Report on vaccination in the Province of Bengal - 1869-1873
Year: 1869
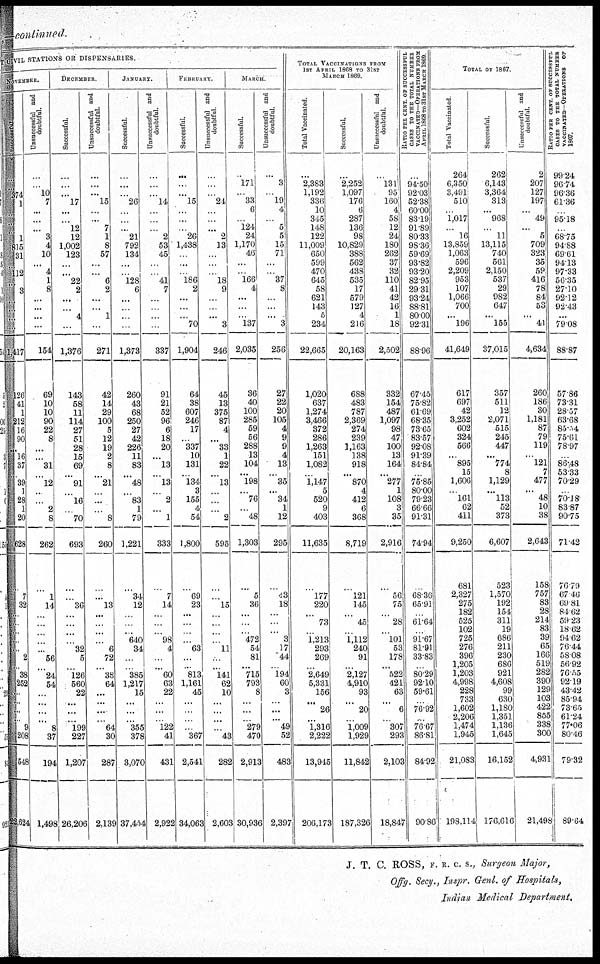
—continued.
T CIVIL STATIONS OR DISPENSARIES.
NOVEMBER.
Successful.
...
...
374
1
...
...
...
1
815
31
...
112
...
3
...
...
...
...
1,417
126
41
1
212
16
90
...
16
37
...
39
1
28
1
20
628
...
7
32
...
..
...
...
...
2
...
38 252
...
...
...
...
9
208
548
22,624
U nsuccessful and
doubtful.
...
...
10
7
...
...
...
3
4
10
...
4
1
8
...
...
...
...
154
69
10
10
90
22
8
...
...
31
...
12
..
...
2
8
262
...
1
14
...
...
...
...
...
56
...
24
54
...
...
...
...
8
37
194
1,498
DECEMBER.
Successful.
...
...
... 17
...
...
12
12
1,002
123
...
...
22
2
...
...
4
...
1,376
143
58
11
114
27
51
28
15
69
...
91
...
16
... 70
693
...
...
36
...
...
...
...
32
5
...
126
560
22
...
...
...
199
227
1,207
26,206
Unsuccessful and
doubtful.
...
...
... 15
...
..
7
1
8
57
...
...
6
2
...
...
1
...
271
42
14
29
100
5
12
19
2
8
...
21
...
...
... 8
260
...
...
13
...
...
...
...
6
72
...
38
64
...
...
...
...
64
30
287
2,139
JANUARY.
Successful.
...
...
... 26
...
..
.
21
792
134
...
..
128
6
...
...
. .
...
1,373
260
43
68
250
27
42
226
11
83
...
48
...
83
1
79
1,221
...
34
12
...
...
. .
640
34
...
...
385
1,217
15
...
...
...
355
378
3,070
37,454
Unsuccessful and
doubtful.
...
. .
...
14
...
..
...
2
53
45
..
...
41
7
...
...
...
...
337
91
21
52
96
6
18
20
...
13
...
13
...
2
... 1
333
...
7
14
...
...
...
98
4
...
...
60
63
22
...
...
. .
122
41
431
2,922
FEBRUARY.
Successful.
...
...
... 15
...
...
...
26
1,438
...
...
. .
186
2
...
...
...
70
1,904
64
38
607
246
17
...
337
10
131
...
134
3
155
4
54
1,800
...
69
23
...
...
...
...
63
...
...
813
1,161
45
...
...
...
...
367
2,541
34,063
Unsuccessful and
doubtful
...
.
.. 24
...
...
...
2
13
...
...
...
18
9
...
...
...
3
246
45
13
375
87
4
...
33
1
22
...
13
...
...
... 2
595
...
...
15
...
...
...
...
11
...
..
141
62
10
...
...
...
...
43
282
2,603
MARCH
Successful.
...
171
... 33
6
...
124
24
1,170
46
...
..
166
4
...
...
...
137
2,035
36
40
100
285
59
56
288
13
104
...
198
...
76
... 48
1,303
...
5
36
...
...
...
472
54
81
...
715
793
8
...
...
...
279
470
2,913
30,936
Unsuccessful and
doubtful.
...
3
... 19
4
...
5
5
15
71
...
...
37
8
...
...
...
3
256
27
22
20
105
4
9
9
4
13
...
35
...
34
1
12
295
...
43
18
. .
...
...
3
17
44
...
194
60
3
...
...
...
49
52
483
2,397
TOTAL VACCINATIONS FROM
1ST APRIL 1868 TO 31ST
MARCH 1869.
Total Vaccinated
...
2,383
1,192
336
10
345
148
122
11,009
650
599
470
645
58
621
143
5
234
22,665
1,020
637
1,274
3,466
372
286
1,263
151
1,082
...
1,147
5
520
9
403
11,635
...
177
220
...
73
...
1,213
293
269
...
2,649
5,331
156
252
26
...
1,316
2,222
13,945
206,173
Successful.
...
2,252
1,097
176
6
287
136
98
10,829
388
562
438
535
17
579
127
4
216
20,163
688
483
787
2,369
274
239
1,163
138
918
...
870
4
412
6
368
8,719
...
121
145
...
45
...
1,112
240
91
...
2,127
4,910
93
...
20
...
1,009
1,929
11,842
187,326
Unsuccessful and
doubtful
...
131
95
160
4
58
12
24
180
262
37
32
110
41
42
16
1
18
2,502
332
154
487
1,097
98
47
100
13
164
...
277
1
108
3
35
2,916
...
56
75
...
28
...
101
53
178
...
522
421
63
...
6
...
307
293
2,103
18,847
RATIO PER CENT. OR SUCCESSFUL
CASES TO THE TOTAL NUMBER
VACCINATED—OPERATIONS FROM
APRIL 1868 TO 31ST MARCH 1869
...
94.50
92.03
52.38
60.00
83.19
91.89
80.33
98.36
59.69
93.82
93.20
82.95
29.31
93.24
88.81
80.00
92.31
88.96
67.45
75.82
61.69
68.35
73.65
83.57
92.08
91.39
84.84
...
75.85
80.00
79.23
66.66
91.31
74.94
...
68.36
65.91
...
61.64
...
91.67
81.91
33.83
...
80.29
92.10
59.61
...
76.92
...
76.67
86.81
84.92
90.86
TOTAL OF 1867.
Total Vaccinated
264
6,350
3,491
510
...
1,017
...
16
13,859
1,063
596
2,209
953
107
1,066
700
...
196
41,649
617
697
42
3,252
602
324
566
...
895
15
1,606
...
161
62
411
9,250
681
2,327
275
182
525
102
725
276
396
1,205
1,203
4,998
228
733
1,602
2,206
1,474
1,945
21,083
198,114
Successful
262
6,143
3,364
313
...
968
...
11
13,115
740
561
2,150
537
29
982
647
...
155
37,015
357
511
12
2,071
515
245
447
...
774
8
1,129
...
113
52
373
6,607
523
1,570
192
154
311
19
686
211
230
686
921
4,608
99
630
1,180
1,351
1,136
1,645
16,152
176,616
Unsuccessful and
doubtful.
2
207
127
197
...
49
...
5
709
323
35
59
416
78
84
53
...
41
4,634
260
186
30
1,181
87
79
119
...
121
7
477
...
48
10
38
2,643
158
757
83
28
214
83
39
65
166
519
282
390
129
103
422
855
338
300
4,931
21,498
RATIO PER CENT. OF SUCCESSFUL
CASES TO THE TOTAL NUMBER
VACCINATED—OPERATIONS OF
1867.
99.24
96.74
96.36
61. 36
.
95.18
...
68.75
94.88
69.61
94.13
97.33
56.35
27.10
92.12
92.43
...
79.08
88.87
57.86
73.31
28.37
63.68
85.34
75.61
78.97
...
86.48
53.33
70.29
...
70.18
83.87
90.75
71.42
76.79
67.46
69.81
84.62
59.23
18.62
94.62
76.44
58.08
56.92
76.55
92.19
43.42
85.94
73.65
61.24
77.06
80.46
79.32
89.64
J. T. C. ROSS, F. R. C. S., Surgeon Major,
Offg. Secy., Inspr. Genl. of Hospitals,
Indian Medical Department.